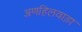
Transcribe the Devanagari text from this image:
अणहिलवाड़ा